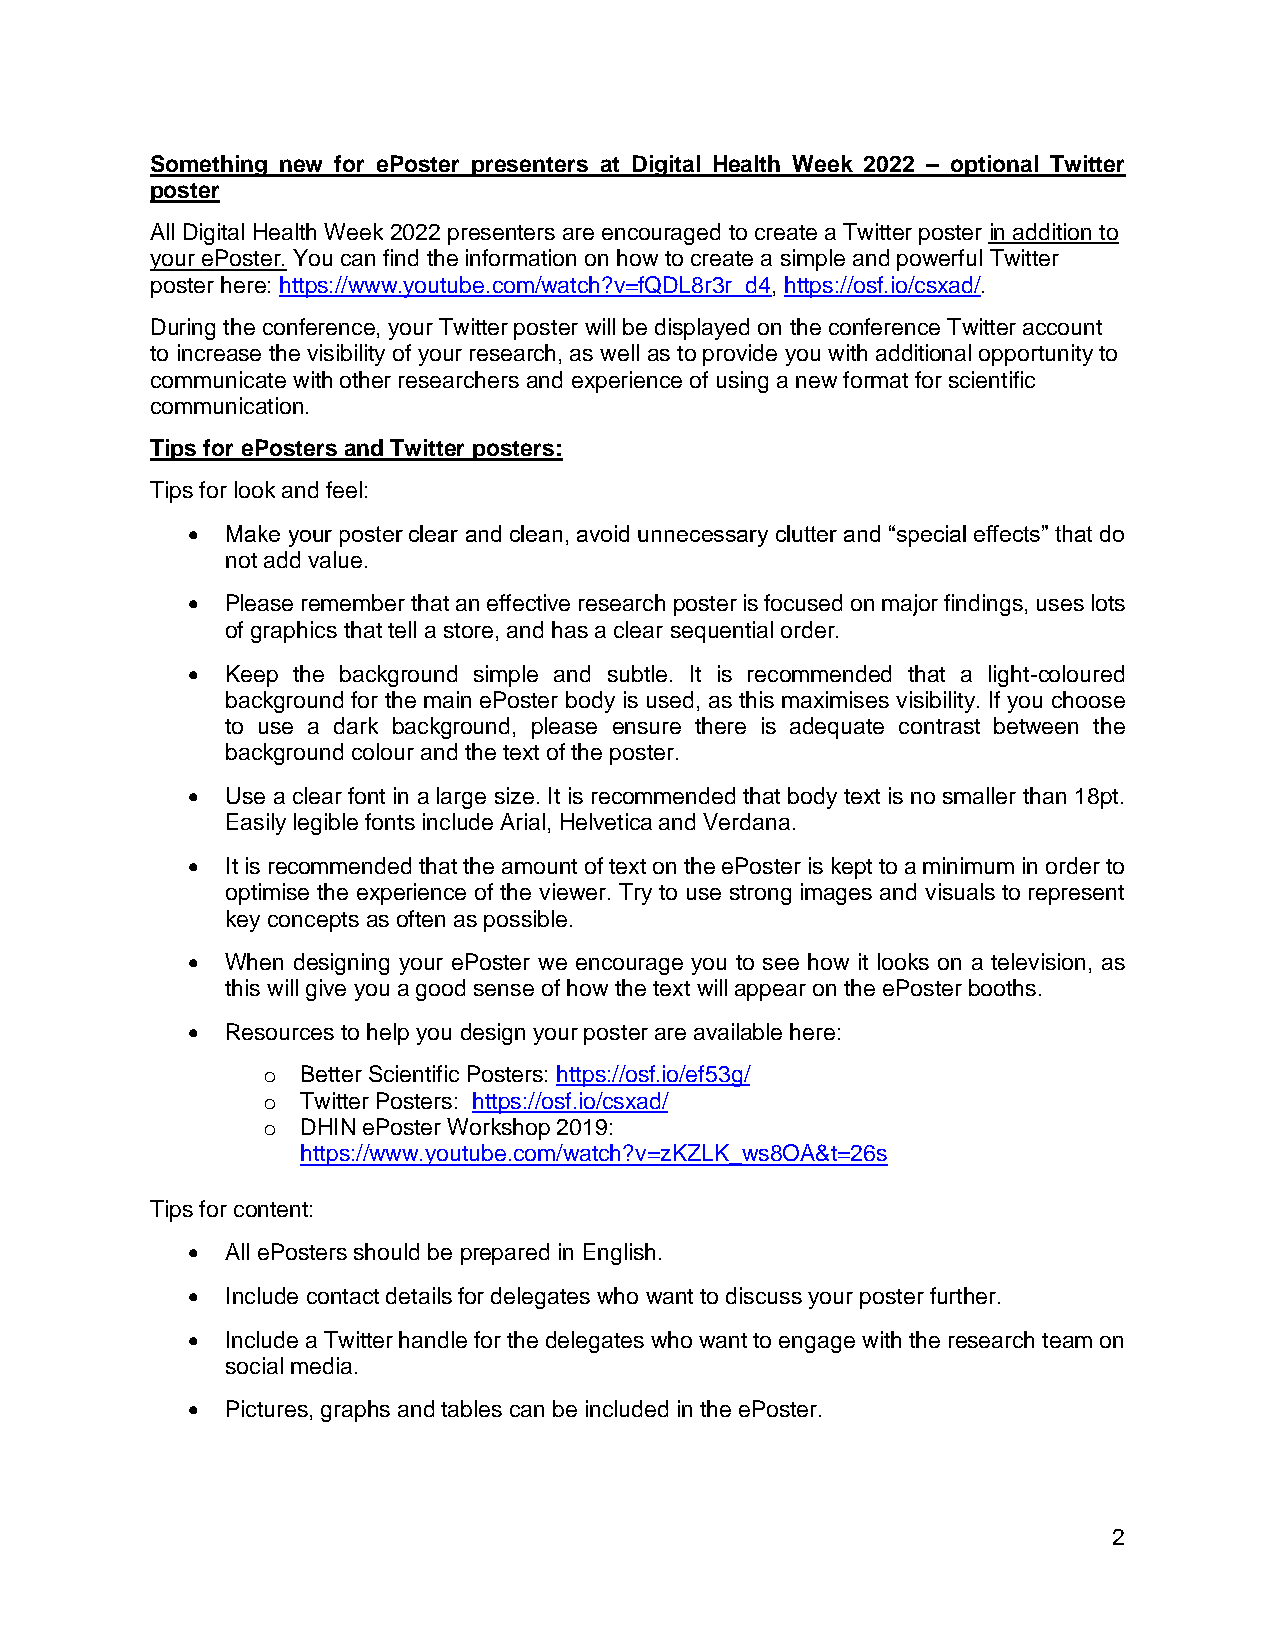
Something new for ePoster presenters at Digital Health Week 2022 – optional Twitter
 poster
 All Digital Health Week 2022 presenters are encouraged to create a Twitter poster in addition to
 your ePoster. You can find the information on how to create a simple and powerful Twitter
 poster here: https://www.youtube.com/watch?v=fQDL8r3r_d4, https://osf.io/csxad/.
 During the conference, your Twitter poster will be displayed on the conference Twitter account
 to increase the visibility of your research, as well as to provide you with additional opportunity to
 communicate with other researchers and experience of using a new format for scientific
 communication.
 Tips for ePosters and Twitter posters:
 Tips for look and feel:
 •  Make your poster clear and clean, avoid unnecessary clutter and “special effects” that do
 not add value.
 •  Please remember that an effective research poster is focused on major findings, uses lots
 of graphics that tell a store, and has a clear sequential order.
 •  Keep the background simple and subtle. It is recommended that a light-coloured
 background for the main ePoster body is used, as this maximises visibility. If you choose
 to use a dark background, please ensure there is adequate contrast between the
 background colour and the text of the poster.
 •  Use a clear font in a large size. It is recommended that body text is no smaller than 18pt.
 Easily legible fonts include Arial, Helvetica and Verdana.
 •  It is recommended that the amount of text on the ePoster is kept to a minimum in order to
 optimise the experience of the viewer. Try to use strong images and visuals to represent
 key concepts as often as possible.
 •  When designing your ePoster we encourage you to see how it looks on a television, as
 this will give you a good sense of how the text will appear on the ePoster booths.
 •  Resources to help you design your poster are available here:
 o  Better Scientific Posters: https://osf.io/ef53g/
 o  Twitter Posters: https://osf.io/csxad/
 o  DHIN ePoster Workshop 2019:
 https://www.youtube.com/watch?v=zKZLK_ws8OA&t=26s
 Tips for content:
 •  All ePosters should be prepared in English.
 •  Include contact details for delegates who want to discuss your poster further.
 •  Include a Twitter handle for the delegates who want to engage with the research team on
 social media.
 •  Pictures, graphs and tables can be included in the ePoster.
 2